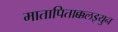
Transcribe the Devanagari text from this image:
मातापिताक्कलइयुन